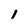
Character: 1